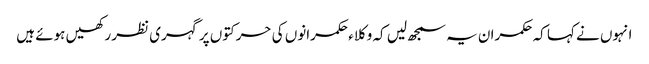
انہوں نے کہا کہ حکمران یہ سمجھ لیں کہ وکلاء حکمرانوں کی حرکتوں پر گہری نظر رکھیں ہوئے ہیں